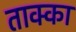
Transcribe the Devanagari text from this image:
ताक्का